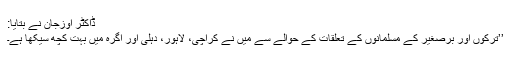
ڈاکٹر اوزجان نے بتایا:
’’ترکوں اور برصغیر کے مسلمانوں کے تعلقات کے حوالے سے میں نے کراچی، لاہور، دہلی اور آگرہ میں بہت کچھ سیکھا ہے۔